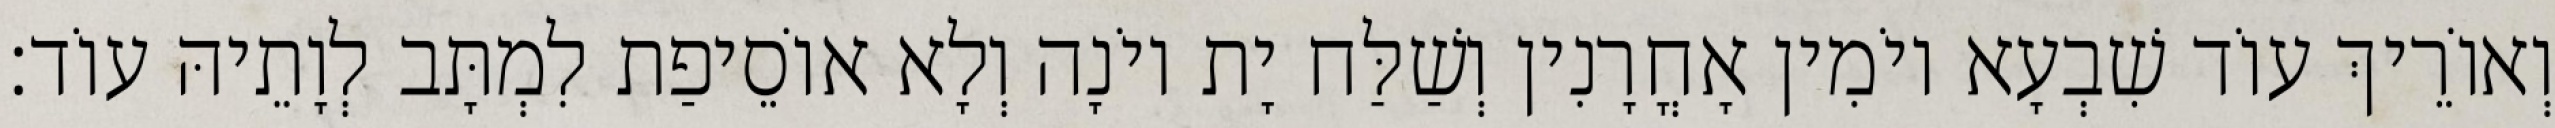
וְאוֹרֵיךְ עוֹד שִׁבְעָא יוֹמִין אָחֳרָנִין וְשַׁלַּח יָת יוֹנָה וְלָא אוֹסֵיפַת לִמְתָּב לְוָתֵיהּ עוֹד׃